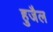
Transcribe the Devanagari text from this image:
हुजैल